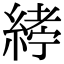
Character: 𦂂